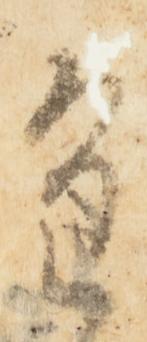
進